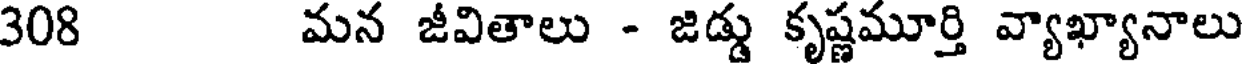
308 మన జీవితాలు - జిడ్డు కృష్ణమూర్తి వ్యాఖ్యానాలు